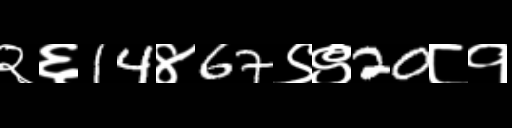
Text: २६14४67९९20८१